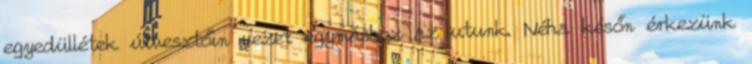
egyedüllétek útvesztőin vezet egymáshoz az utunk. Néha későn érkezünk